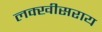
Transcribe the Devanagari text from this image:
लक्‍खीसराय